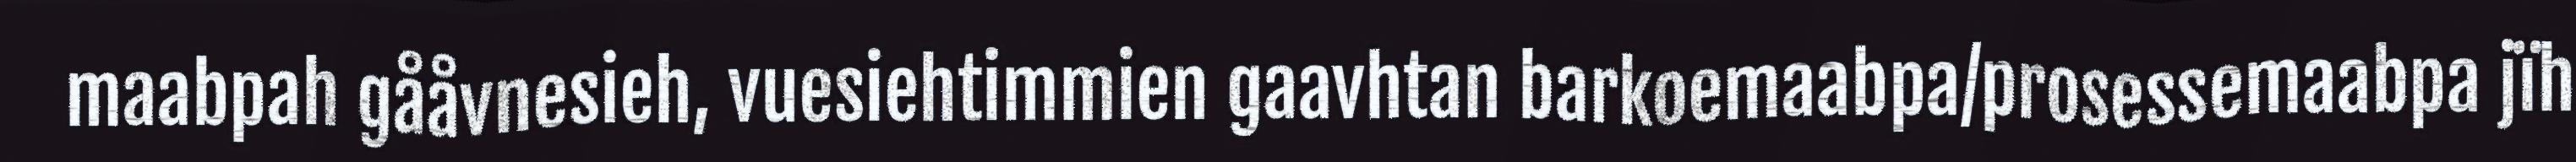
maabpah gååvnesieh, vuesiehtimmien gaavhtan barkoemaabpa/prosessemaabpa jïh